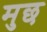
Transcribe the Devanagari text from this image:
मुछ